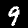
Digit: 9